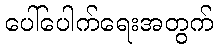
ပေါ်ပေါက်ရေးအတွက်